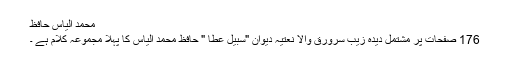
محمد الیاس حافظ
176 صفحات پر مشتمل دیدہ زیب سرورق والا نعتیہ دیوان "سبیل عطا " حافظ محمد الیاس کا پہلا مجموعہ کلام ہے ۔